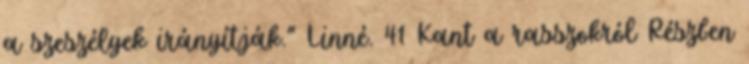
a szeszélyek irányítják.” Linné. 41 Kant a rasszokról Részben